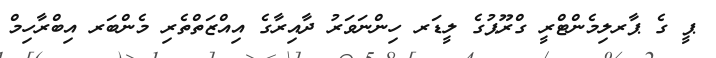
ޕީ ގެ ޕާރލިމެންޓްރީ ގްރޫޕުގެ ލީޑަރ ހިންނަވަރު ދާއިރާގެ އިއްޒަތްތެރި މެންބަރ އިބްރާހިމް